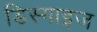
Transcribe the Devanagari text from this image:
डिस्गाइज